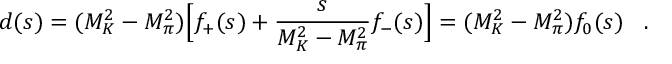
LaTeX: d ( s ) = ( M _ { K } ^ { 2 } - M _ { \pi } ^ { 2 } ) \Big [ f _ { + } ( s ) + { \frac { s } { M _ { K } ^ { 2 } - M _ { \pi } ^ { 2 } } } f _ { - } ( s ) \Big ] = ( M _ { K } ^ { 2 } - M _ { \pi } ^ { 2 } ) f _ { 0 } ( s ) \; \; \; .